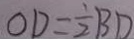
O D = \frac { 1 } { 2 } B D